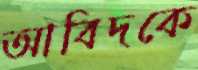
আবিদকে